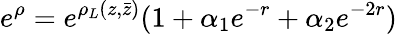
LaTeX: e^{\rho}=e^{\rho_{L}(z,\bar{z})}(1+\alpha_{1}e^{-r}+\alpha_{2}e^{-2r})